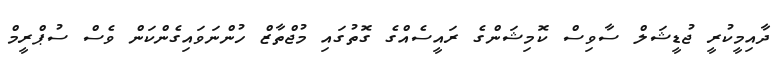
ދާއިމީކުރީ ޖުޑީޝަލް ސާވިސް ކޮމިޝަންގެ ރައީސެއްގެ ގޮތުގައި މުޖްތާޒް ހުންނަވައިގެންކަން ވެސް ސުޕްރީމް